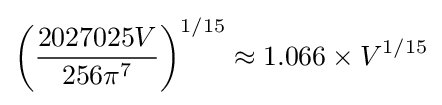
\left({\frac {2027025V}{256\pi ^{7}}}\right)^{1/15}\approx 1.066\times V^{1/15}